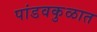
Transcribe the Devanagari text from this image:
पांडवकुळात